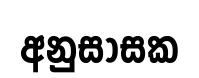
අනුසාසක